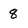
Character: 8